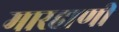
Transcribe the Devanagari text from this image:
मारहाणी